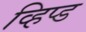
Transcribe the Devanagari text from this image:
व्हिप्ड